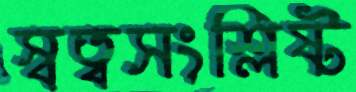
স্বত্বসংশ্লিষ্ট